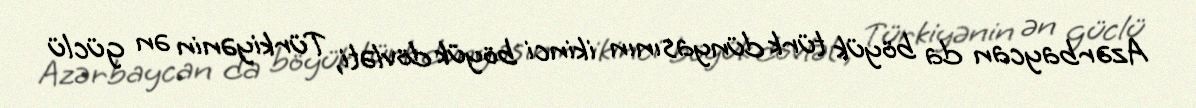
Azərbaycan da böyük türk dünyasının ikinci böyük dövləti, Türkiyənin ən güclü